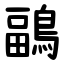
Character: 鶝